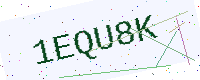
Text: 1EQU8K